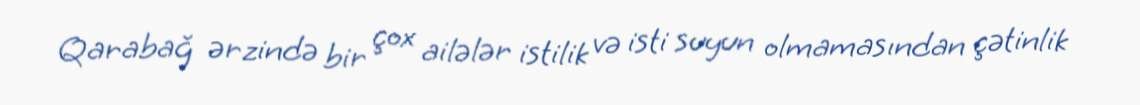
Qarabağ ərzində bir çox ailələr istilik və isti suyun olmamasından çətinlik